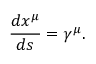
\frac { d x ^ { \mu } } { d s } = \gamma ^ { \mu } .